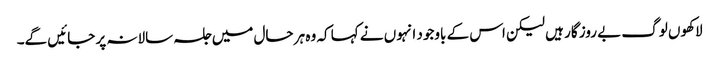
لاکھوں لوگ بے روز گار ہیں لیکن اس کے باوجود انہوں نے کہا کہ وہ ہر حال میں جلسہ سالانہ پر جائیں گے۔